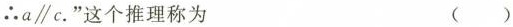
∴a//c.”这个推理称为 ( )